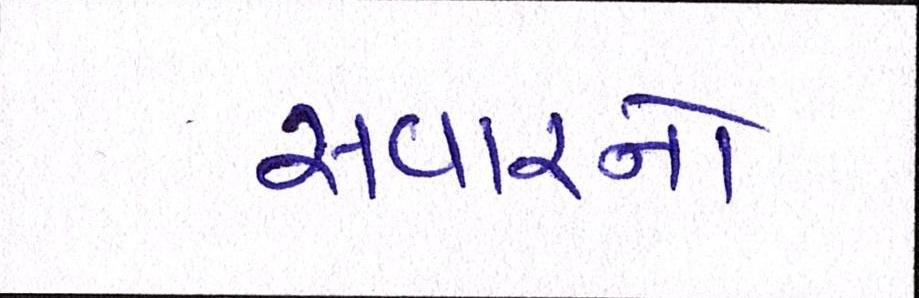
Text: સવારનો